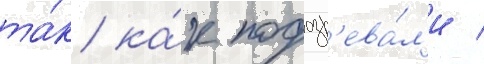
та́к ка́к подозр'ева́л'и /